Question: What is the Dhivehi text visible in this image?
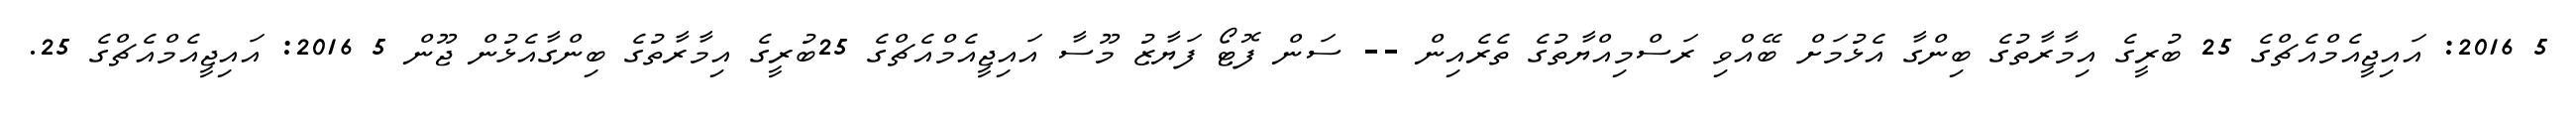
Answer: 5 2016: އައިޖީއެމްއެޗްގެ 25 ބުރީގެ އިމާރާތުގެ ބިންގާ އެޅުމަށް ބޭއްވި ރަސްމިއްޔާތުގެ ތެރެއިން -- ސަން ފޮޓޯ ފަޔާޒު މޫސާ އައިޖީއެމްއެޗްގެ 25ބުރީގެ އިމާރާތުގެ ބިންގާއެޅުން ޖޫން 5 2016: އައިޖީއެމްއެޗްގެ 25.